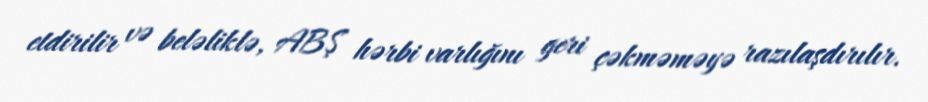
etdirilir və beləliklə, ABŞ hərbi varlığını geri çəkməməyə razılaşdırılır.